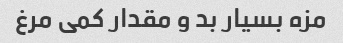
مزه بسیار بد و مقدار کمی مرغ